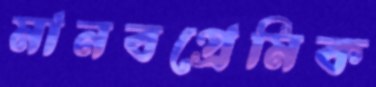
মানবপ্রেমিক